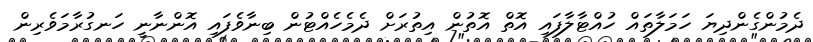
ދެމުންގެންދިޔަ ހަމަލާތައް ހުއްޓާލާފައި އޮތް އޮތުން އިތުރަށް ދެމެހެއްޓުން ބިނާވެފައި އޮންނާނީ ހަނގުރާމަވެރިން